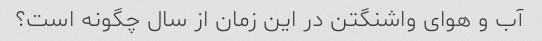
آب و هوای واشنگتن در این زمان از سال چگونه است؟